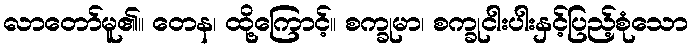
လာတော်မူ၏။ တေန၊ ထို့ကြောင့်။ စက္ခုမာ၊ စက္ခုငါးပါးနှင့်ပြည့်စုံသော